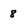
Character: 8